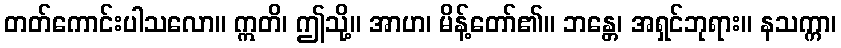
တတ်ကောင်းပါသလော။ ဣတိ၊ ဤသို့။ အာဟ၊ မိန့်တော်၏။ ဘန္တေ၊ အရှင်ဘုရား။ နသက္ကာ၊